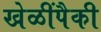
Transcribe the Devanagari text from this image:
खेळींपैकी